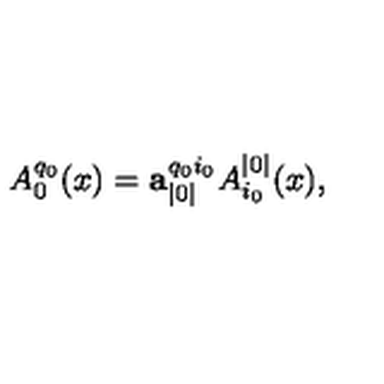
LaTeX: A _ { 0 } ^ { q _ { 0 } } ( x ) = \mathbf { a } _ { | 0 | } ^ { q _ { 0 } i _ { 0 } } A _ { i _ { 0 } } ^ { | 0 | } ( x ) ,